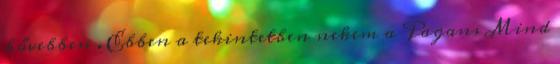
bővebben . Ebben a tekintetben nekem a Pagans Mind